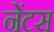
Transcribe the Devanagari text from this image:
नेंटस